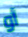
أو